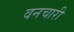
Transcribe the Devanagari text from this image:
वनचारी